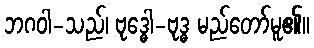
ဘဂဝါ-သည်၊ ဗုဒ္ဓေါ-ဗုဒ္ဓ မည်တော်မူ၏။